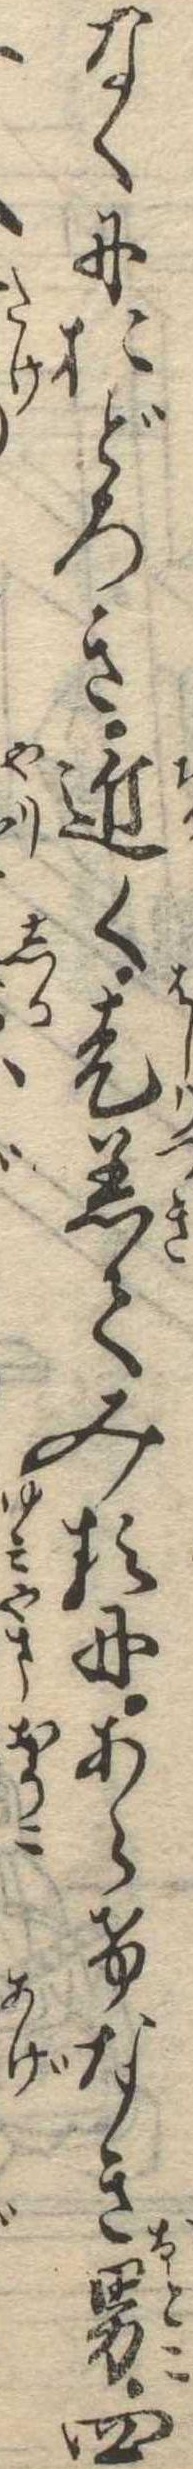
なくにおどろき近く走着てみるにあらけなき男四